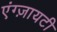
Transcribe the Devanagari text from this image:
एंग्ज़ायटी